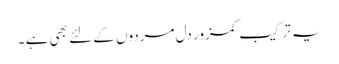
یہ ترکیب کمزور دل مردوں کے لئے بھی ہے ۔